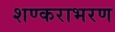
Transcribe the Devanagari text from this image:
शण्कराभरण